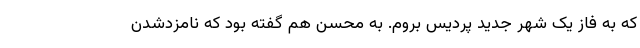
که به فاز یک شهر جدید پردیس بروم. به محسن هم گفته بود که نامزدشدن